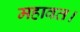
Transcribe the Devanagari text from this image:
महावत।